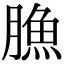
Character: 䐳